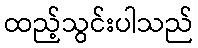
ထည့်သွင်းပါသည်